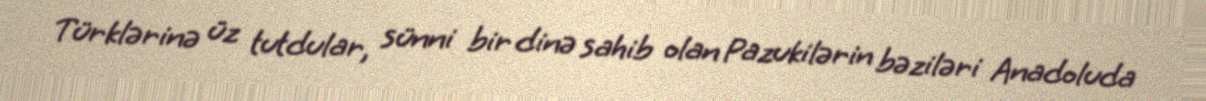
Türklərinə üz tutdular, sünni bir dinə sahib olan Pazukilərin bəziləri Anadoluda